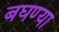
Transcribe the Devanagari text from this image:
बघण्या